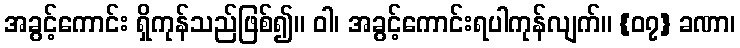
အခွင့်ကောင်း ရှိကုန်သည်ဖြစ်၍။ ဝါ၊ အခွင့်ကောင်းရပါကုန်လျက်။ {၀၇} ခဏာ၊